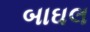
બાઘલ